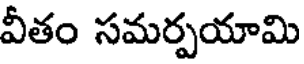
వీతం సమర్పయామి